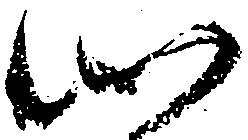
心